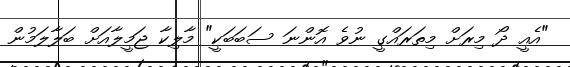
"އެއީ ދޯ މިރަށް މިތަރައްގީ ނުވެ އޮންނަ ސަބަބަކީ" މާލިކާ ޖަމީލާއަށް ބަލާލަމުން